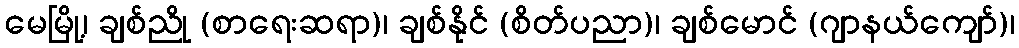
မေမြို့၊ ချစ်ညို (စာရေးဆရာ)၊ ချစ်နိုင် (စိတ်ပညာ)၊ ချစ်မောင် (ဂျာနယ်ကျော်)၊